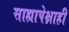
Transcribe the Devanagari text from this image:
साह्यापेक्षाही